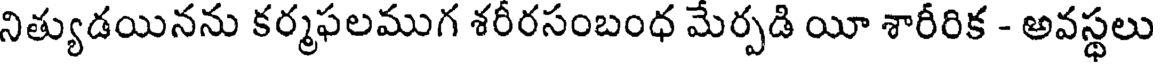
నిత్యుడయినను కర్మఫలముగ శరీరసంబంధ మేర్పడి యీ శారీరిక - అవస్థలు